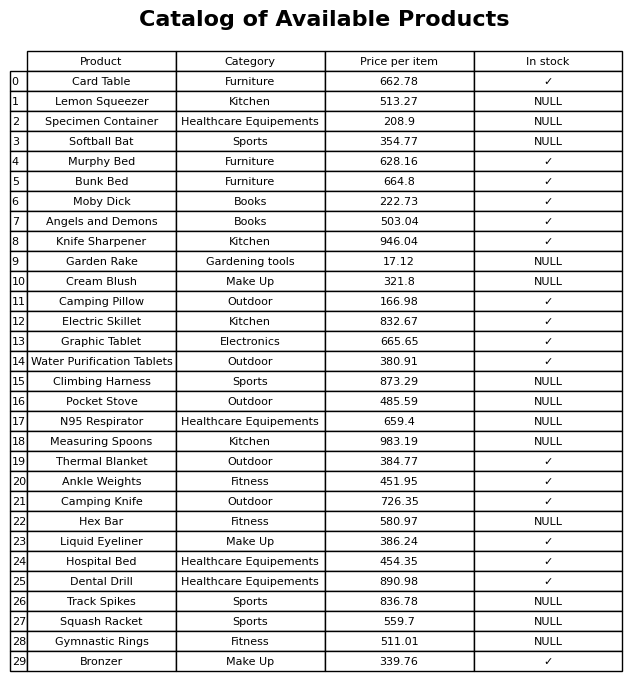
question: What is the price of the Softball Bat?
answer: The price of Softball Bat is 354.77.